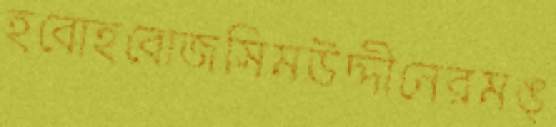
হবোহবোজসিমউদ্দীনেরমঙ্